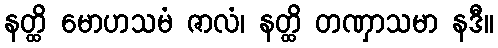
နတ္ထိ မောဟသမံ ဇာလံ၊ နတ္ထိ တဏှာသမာ နဒီ။